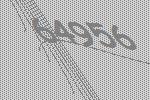
64956